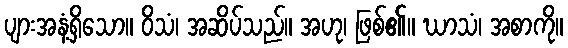
ပျားအနံ့ရှိသော။ ဝိသံ၊ အဆိပ်သည်။ အဟု၊ ဖြစ်၏။ ဃာသံ၊ အစာကို။